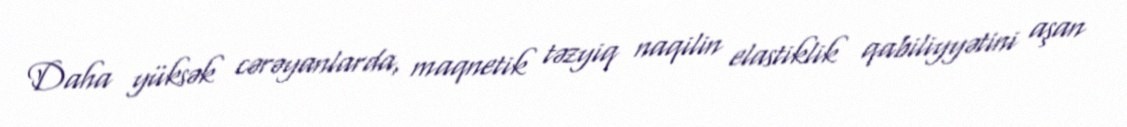
Daha yüksək cərəyanlarda, maqnetik təzyiq naqilin elastiklik qabiliyyətini aşan